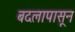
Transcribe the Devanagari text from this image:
बदलापासून